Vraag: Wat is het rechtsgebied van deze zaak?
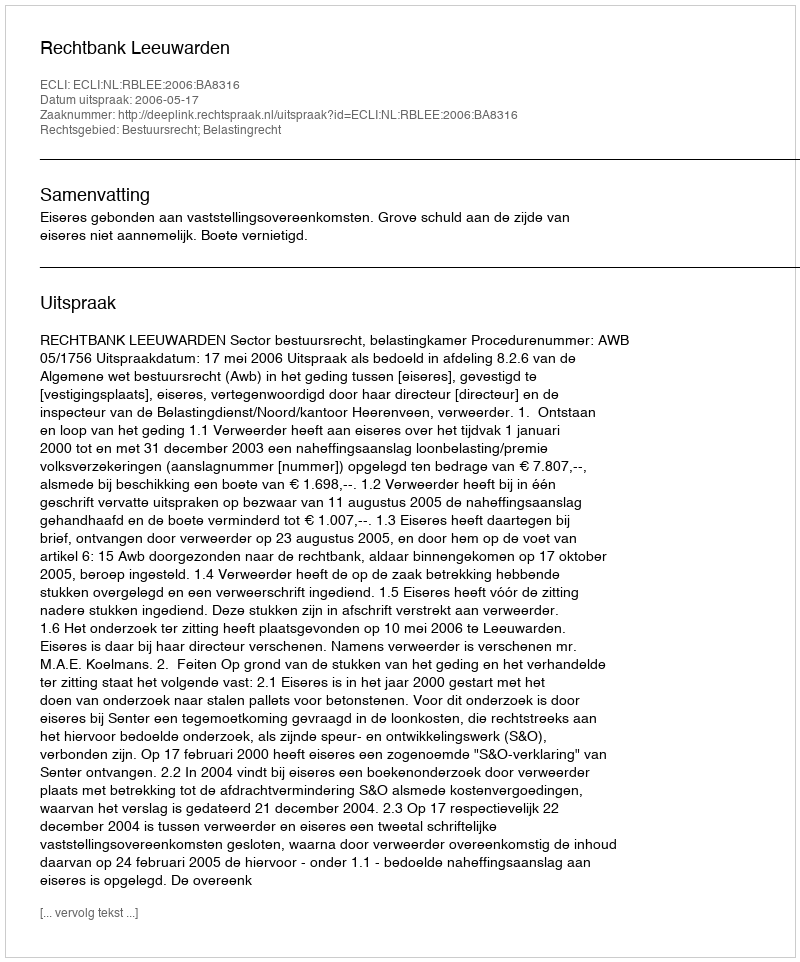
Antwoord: Bestuursrecht; Belastingrecht